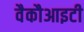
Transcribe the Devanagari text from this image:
वैकौआइटी